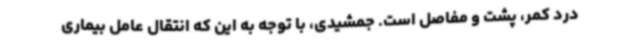
درد کمر، پشت و مفاصل است. جمشیدی، با توجه به این که انتقال عامل بیماری